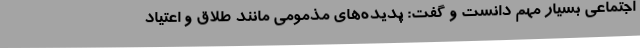
اجتماعی بسیار مهم دانست و گفت: پدیده‌های مذمومی ‌مانند طلاق و اعتیاد